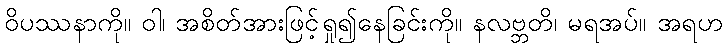
ဝိပဿနာကို။ ဝါ၊ အစိတ်အားဖြင့်ရှု၍နေခြင်းကို။ နလဗ္ဘတိ၊ မရအပ်။ အရဟ